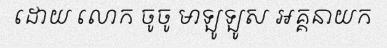
ដោយ លោក ចូចូ មាឡូឡូស អគ្គនាយក